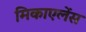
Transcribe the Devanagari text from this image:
मिकाएलेंस